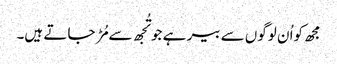
مجھ کواُ ن لوگوں سے بیر ہے جو تُجھ سے مُڑ جا تے ہیں۔